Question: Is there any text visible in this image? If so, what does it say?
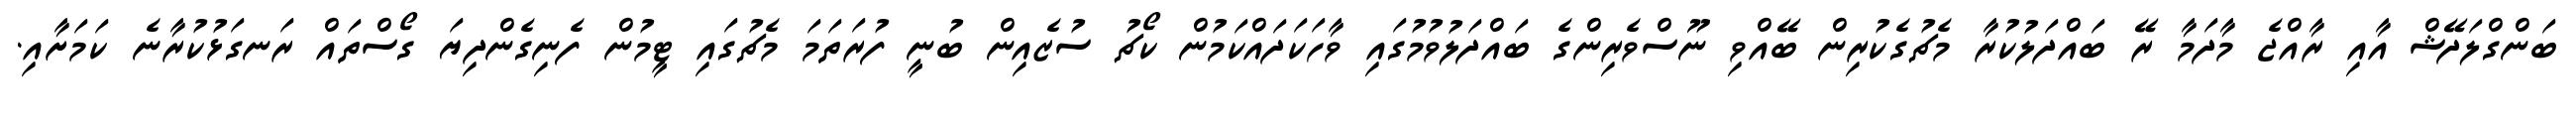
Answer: ބަންގްލަދޭޝް އާއި ރާއްޖެ މާދަމާ ރޭ ބައްދަލުކުރާ މެޗުގެކުރިން ބޭއްވި ނޫސްވެރިންގެ ބައްދަލުވުމުގައި ވާހަކަދައްކަމުން ކޯޗު ސުޒެއިން ބުނީ ފުރަތަމަ މެޗުގައި ޓީމުން ފެނިގެންދިޔަ ގޯސްތައް ރަނގަޅުކުރާނެ ކަމަށާއި.